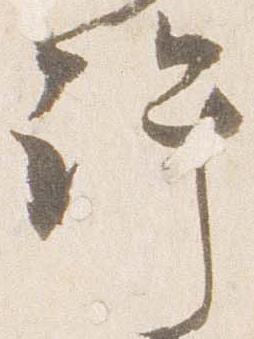
許